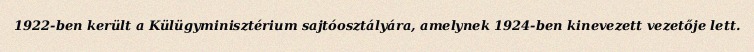
1922-ben került a Külügyminisztérium sajtóosztályára, amelynek 1924-ben kinevezett vezetője lett.